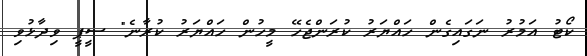
ކޯޓު އަމުރު ނަގައިގެން ހައްޔަރު ކުރަންޖެހޭ މީހުން ހައްޔަރު ކުރާނެ" ސީޕީ ވިދާޅުވި